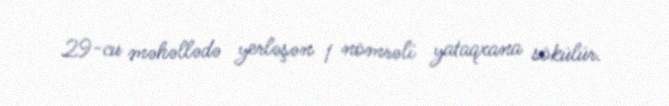
29-cu məhəllədə yerləşən 1 nömrəli yataqxana sökülür.